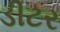
ડીટર